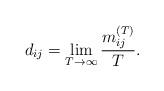
LaTeX: \begin{align*} d_{ij} = \lim_{T\rightarrow\infty}\frac{m_{ij}^{(T)}}{T}. \end{align*}